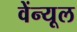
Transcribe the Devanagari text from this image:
वेंन्यूल